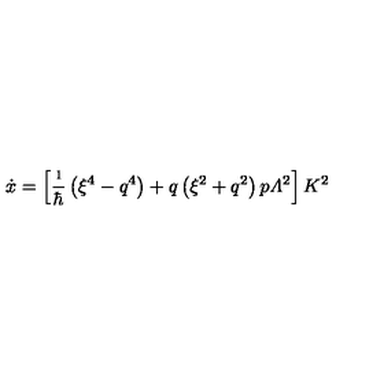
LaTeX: \dot { x } = \left[ \frac { \i } { \hbar } \left( \xi ^ { 4 } - q ^ { 4 } \right) + q \left( \xi ^ { 2 } + q ^ { 2 } \right) p { \mit \Lambda } ^ { 2 } \right] K ^ { 2 }